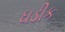
ઘડીક